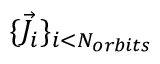
\{ \vec { J } _ { i } \} _ { i < N _ { o r b i t s } }